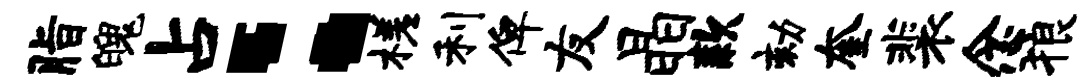
脂魄占：槎利俾友晶款劾奎裴念狼